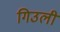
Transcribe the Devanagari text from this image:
गिउली